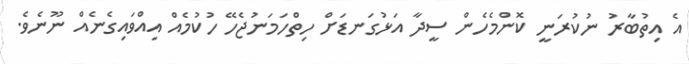
އެ އިތުބާރު ނުކުރަނީ ކޮންމެހެން ސީދާ އަޅުގަނޑަށް ހިތްހަމަނުޖެހޭ ހުކުމެއް އިއްވައިގެނެއް ނޫނެވެ.